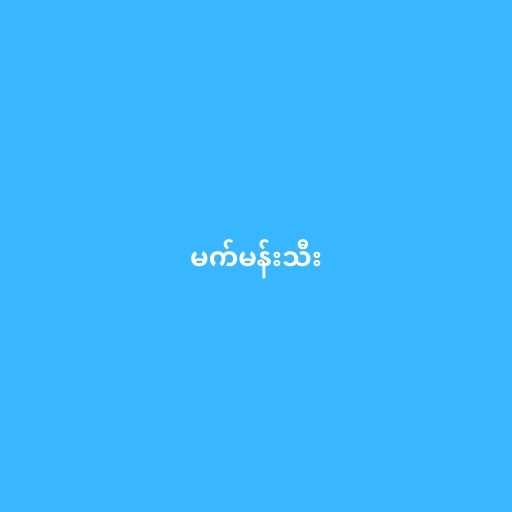
မက်မန်းသီး